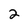
Character: 2